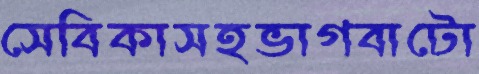
সেবিকাসহভাগবাটো